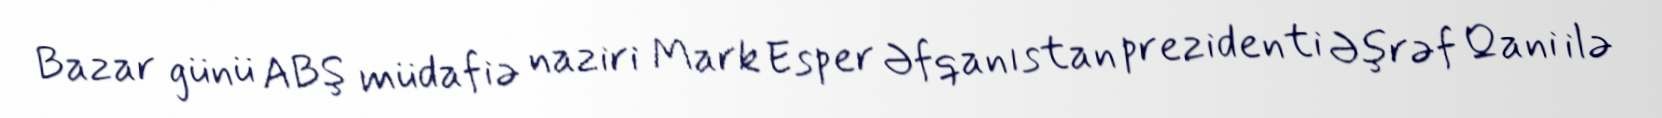
Bazar günü ABŞ müdafiə naziri Mark Esper Əfqanıstan prezidenti Əşrəf Qani ilə